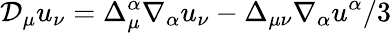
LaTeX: \mathcal{D}_{\mu}u_{\nu}=\Delta_{\mu}^{\alpha}\nabla_{\alpha}u_{\nu}-\Delta_{\mu\nu}\nabla_{\alpha}u^{\alpha}/3